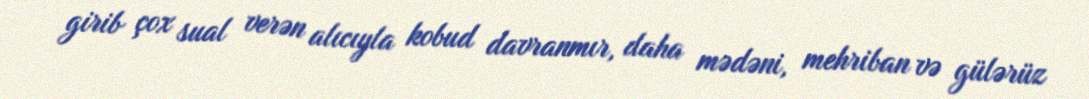
girib çox sual verən alıcıyla kobud davranmır, daha mədəni, mehriban və gülərüz